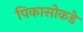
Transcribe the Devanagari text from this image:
पिकासोकडे